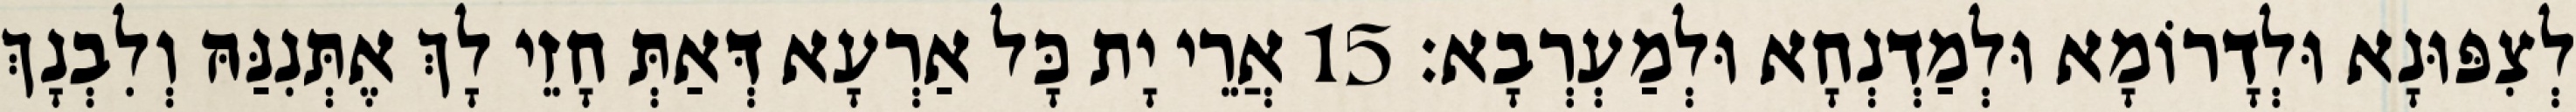
לְצִפּוּנָא וּלְדָרוֹמָא וּלְמַדְנְחָא וּלְמַעְרְבָא׃ 15 אֲרֵי יָת כָּל אַרְעָא דְּאַתְּ חָזֵי לָךְ אֶתְּנִנַּהּ וְלִבְנָךְ